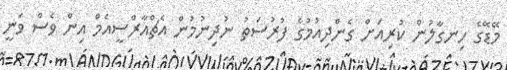
މޭޑޭގެ ހިނގާލުން ކުރިއަށް ގެންދިއުމުގެ ފުރުސަތު ނުދިނުމުން އެޗްއާރްސީއެމް އިން ވެސް ވަނީ